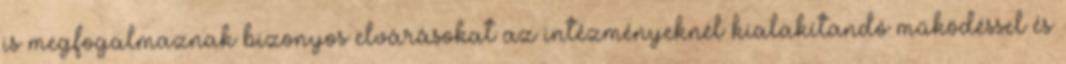
is megfogalmaznak bizonyos elvárásokat az intézményeknél kialakítandó működéssel és